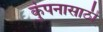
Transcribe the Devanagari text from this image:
कुंपनासाठी